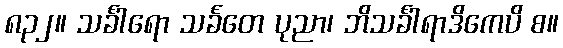
၈၃၂။ သင်္ခါရော သင်္ခတေ ပုညာ၊ ဘိသင်္ခါရာဒိကေပိ စ။